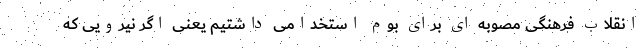
انقلاب فرهنگی مصوبه ای برای بوم استخدامی داشتیم یعنی اگر نیرویی که